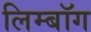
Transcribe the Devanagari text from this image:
लिम्बॉग